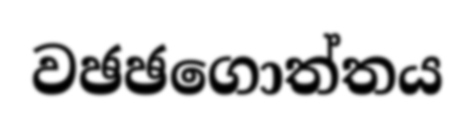
වඡඡගොත්තය